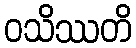
ဝသိဿတိ